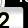
Digit: 2